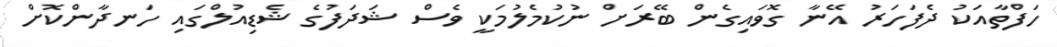
ހަފްތާއަކު ދެފަހަރު އޭނާ ގޮވައިގެން ބޭރަށް ނުކުމެލުމަކީ ވެސް ޝަދަފުގެ ޝެޑިއުލްގައި ހަނދާންކޮށް